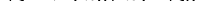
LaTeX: \smash{\gamma_{s}\to(a_{0}/a)^{2}\gamma_{s0}}